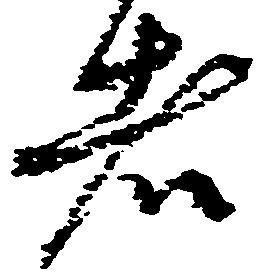
者